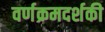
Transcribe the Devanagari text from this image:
वर्णक्रमदर्शकी